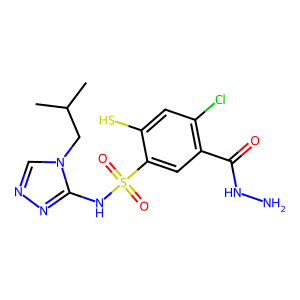
SMILES: CC(C)Cn1cnnc1NS(=O)(=O)c1cc(C(=O)NN)c(Cl)cc1S
Inhibits HIV replication: No